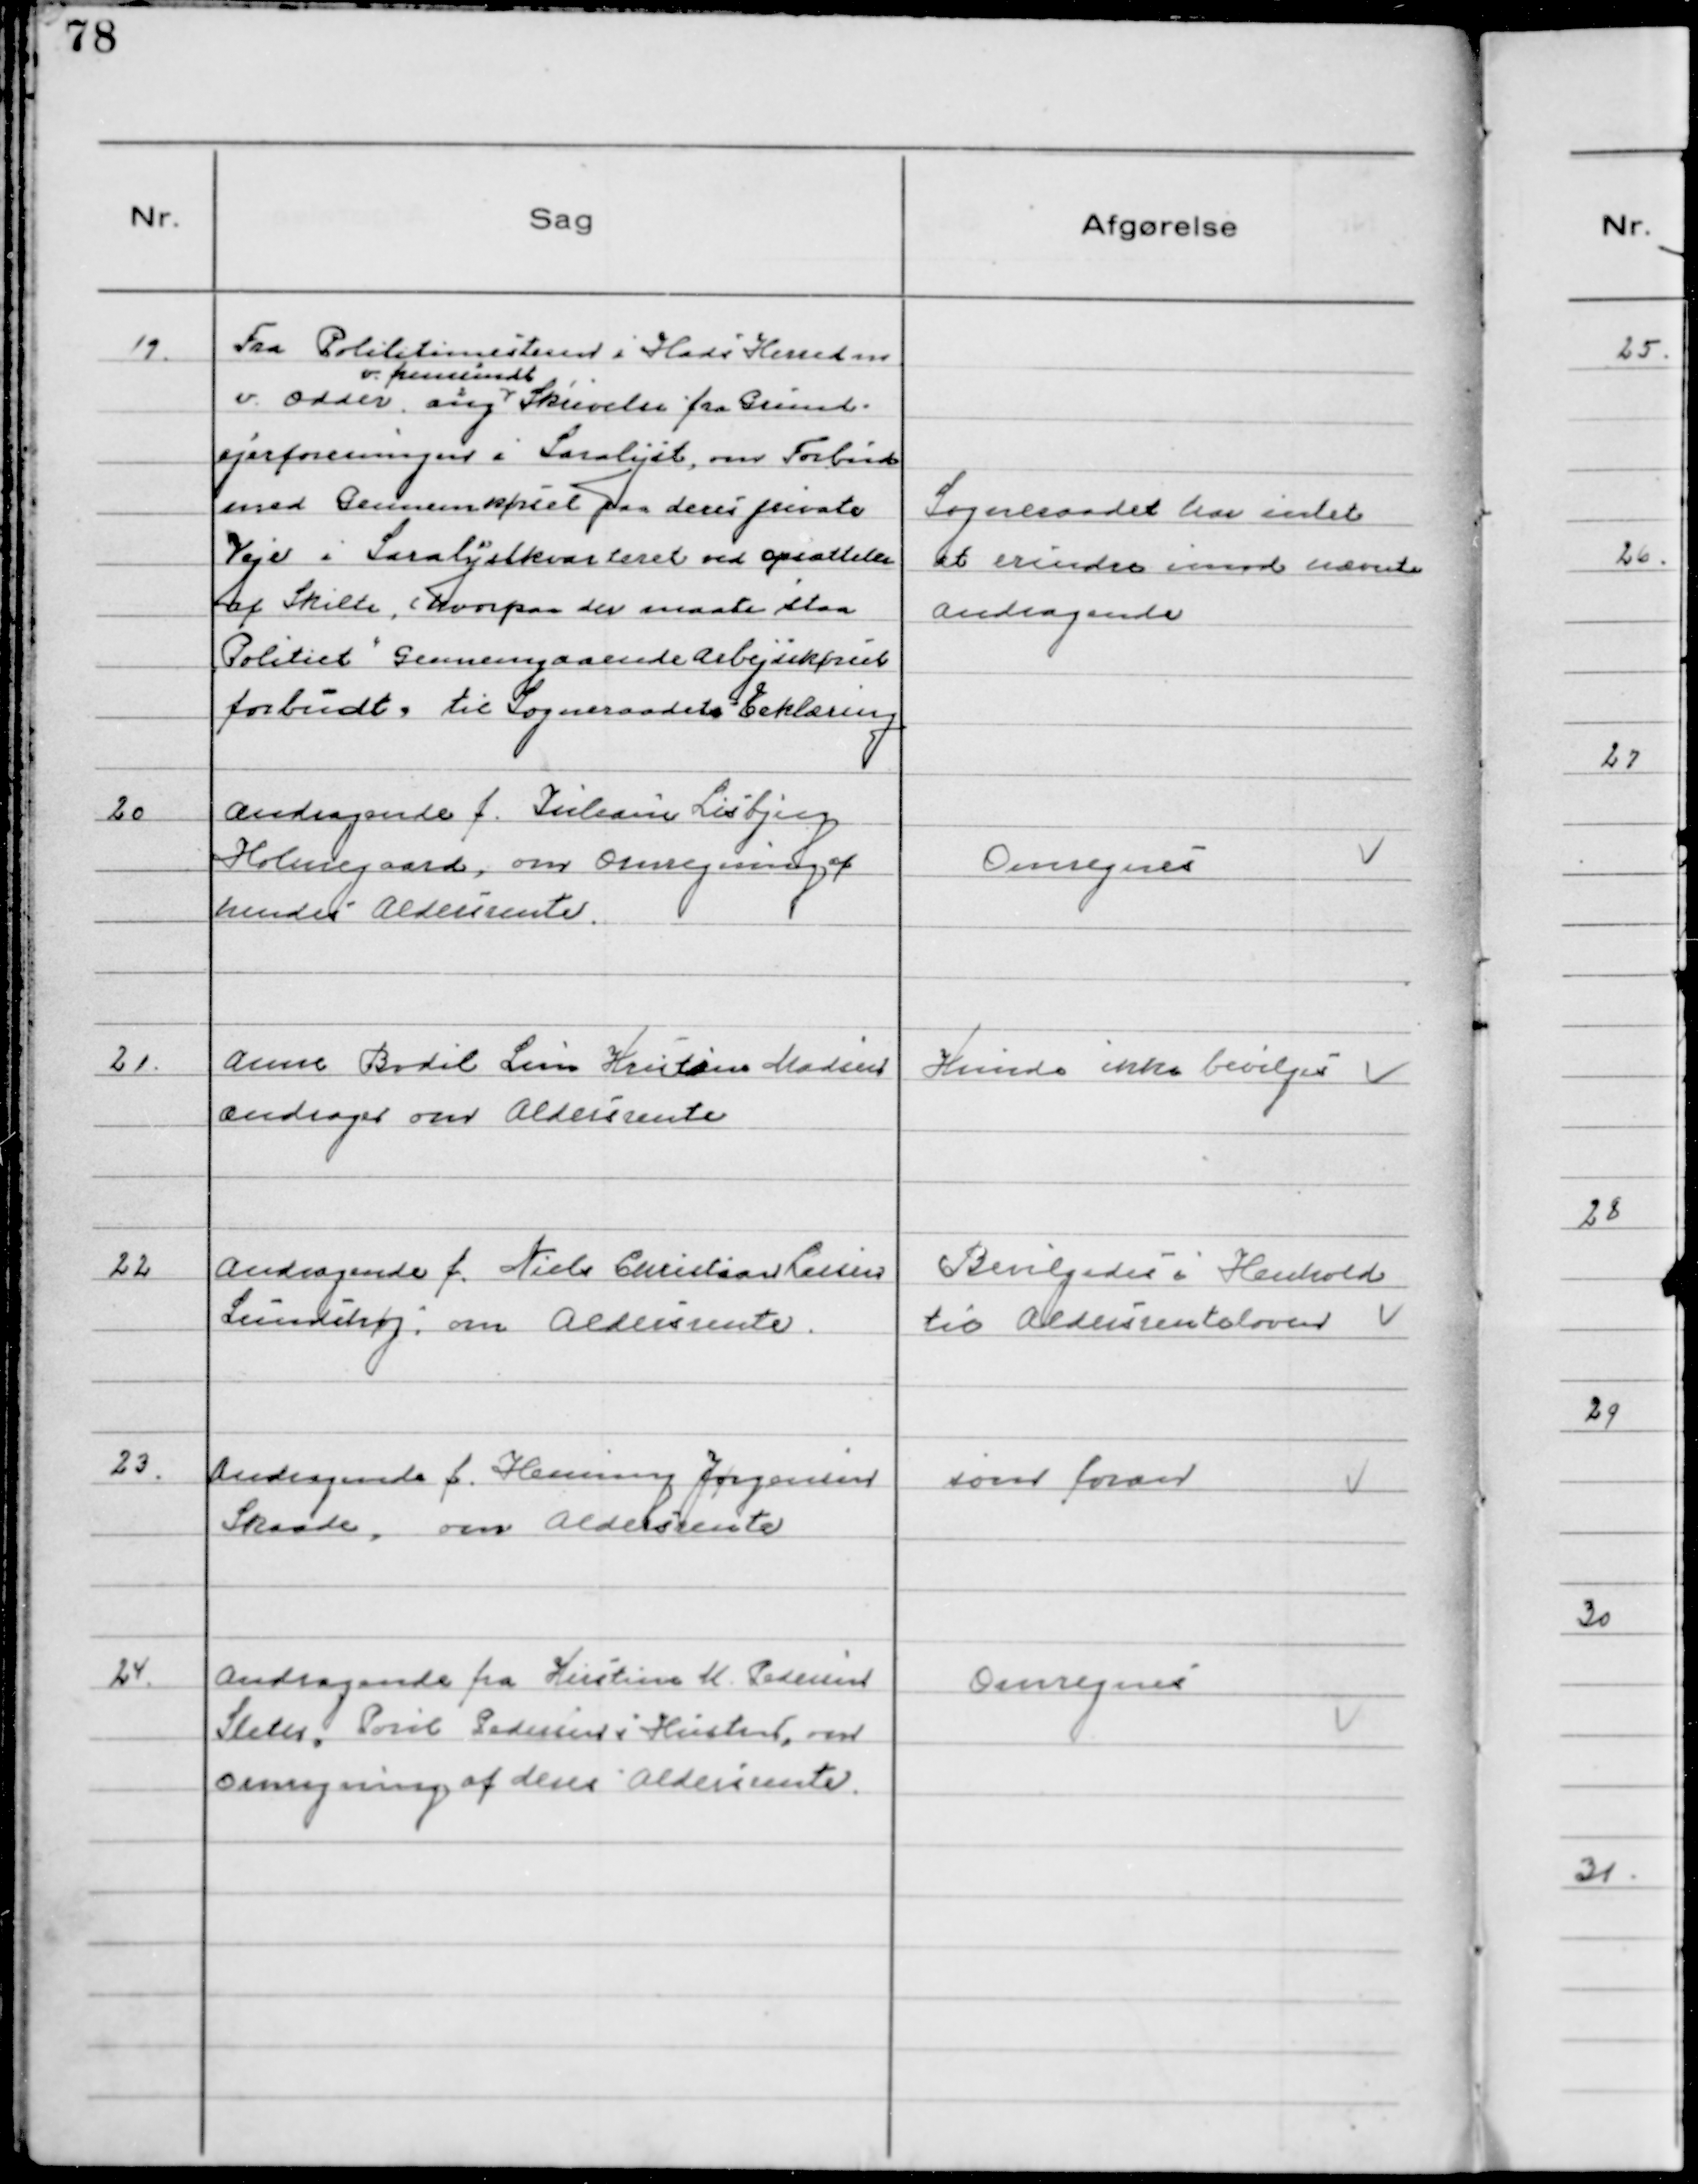
Transskription:
19.
Fra Politimesteren i Hads Herreder
v. Odder
2
ang.
v. fremsendt
1
Skrivelse fra Grund-
ejerforeningen i Saralyst, om Forbud
mod Gennemkørsel paa deres private
Veje i Saralystkvarteret ved opsættelse
af Skilte, (hvorpaa der maatte staa
"Politiet" Gennemgaaende arbejdskørsel
forbudt,) til Sogneraadets Erklæring

Sogneraadet har intet
at erindre imod nævnte
andragende

20
Andragende f. Juliane Lisbjerg
Holmegaard, om Omregning af
hendes Aldersrente.

Omregnes

21.
Anne Bodil Line Kristine Madsen
andrager om Aldersrente

Kunde ikke bevilges

22 
Andragende f. Niels Christian Larsen
Lundshøj, om Aldersrente.

Bevilgedes i Henhold
til Aldersrenteloven

23.
Andragende f. Henning Jørgensen
Skaade, om Aldersrente

som foran

24.
Andragende fra Kirstine M. Pedersen
Sleth, Poul Pedersens Hustru, om
Omregning af deres Aldersrente.

Omregnes